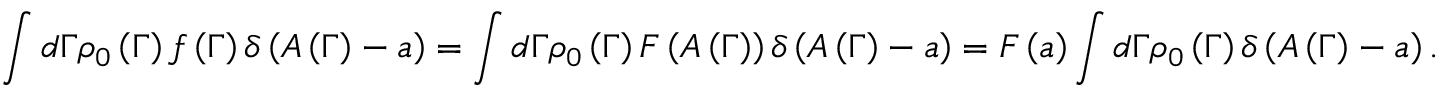
\int d \Gamma \rho _ { 0 } \left( \Gamma \right) f \left( \Gamma \right) \delta \left( A \left( \Gamma \right) - a \right) = \int d \Gamma \rho _ { 0 } \left( \Gamma \right) F \left( A \left( \Gamma \right) \right) \delta \left( A \left( \Gamma \right) - a \right) = F \left( a \right) \int d \Gamma \rho _ { 0 } \left( \Gamma \right) \delta \left( A \left( \Gamma \right) - a \right) .